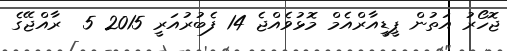
ޖޮހޯރު އަތުން ޕީޑީއާރްއެމް މޮޅުވެއްޖެ 14 ފެބުރުއަރީ 2015 5  ރާއްޖޭގެ